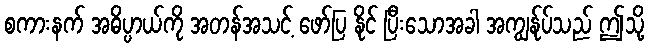
စကားနက် အဓိပ္ပာယ်ကို အတန်အသင့် ဖော်ပြ နိုင် ပြီးသောအခါ အကျွန်ုပ်သည် ဤသို့